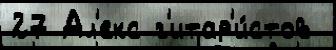
27 Ал'екс г'итар'и́стов